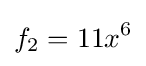
f_{2}=11x^{6}